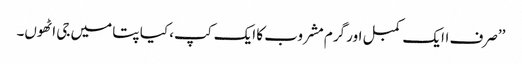
’’صرف اایک کمبل اور گرم مشروب کا ایک کپ، کیا پتا میں جی اٹھوں۔